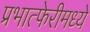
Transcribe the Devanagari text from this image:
प्रभात्फेरीमध्ये